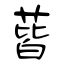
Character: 蒈